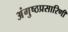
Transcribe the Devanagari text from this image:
अंगुष्ठप्रसारिणी